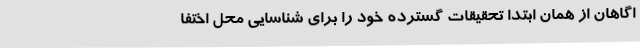
اگاهان از همان ابتدا تحقیقات گسترده خود را برای شناسایی محل اختفا